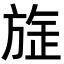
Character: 𭤻